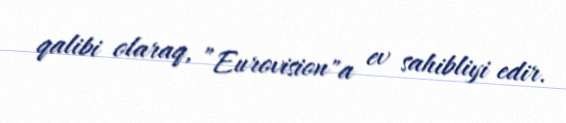
qalibi olaraq, ”Eurovision"a ev sahibliyi edir.